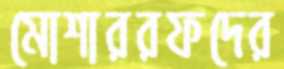
মোশাররফদের